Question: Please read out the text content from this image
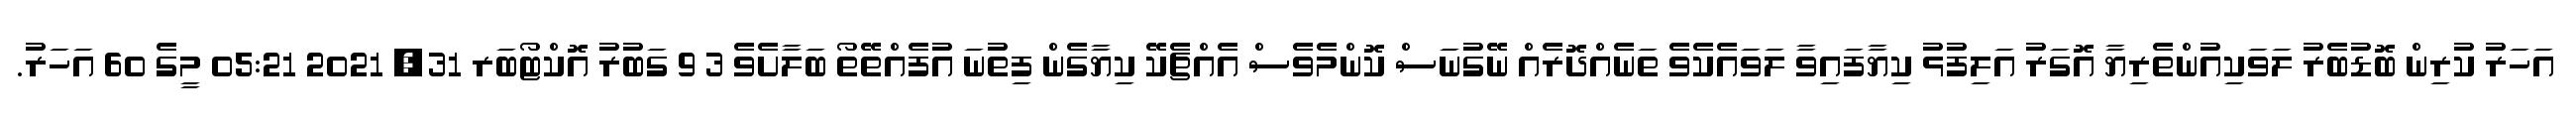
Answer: އަހަރު ކުރިން ބޮޑުބެރު ލަވަކިއުންތެރިޔާ އޮގަރު އަލިފުޅު ކިޔާފައިވާ ލަވައެކެވެ ތަނެއްދޮރެއް ނޭގުނަސް ކޮންމެވެސް އެއްޗެކޭ ކިޔާގެން ފިތުނަ އުފެއްތޭތޯ ބަލާށެވެ 3 9 ގަބުރު އޮކްޓޯބަރ 31, 2021 05:21 މީގެ 60 އަހަރު.